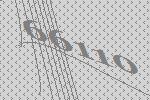
66110